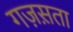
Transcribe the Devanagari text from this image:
गज़स़ता